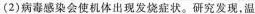
(2)病毒感染会使机体出现发烧症状。研究发现，温